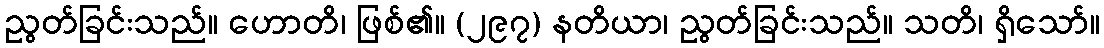
ညွတ်ခြင်းသည်။ ဟောတိ၊ ဖြစ်၏။ (၂၉၇) နတိယာ၊ ညွတ်ခြင်းသည်။ သတိ၊ ရှိသော်။